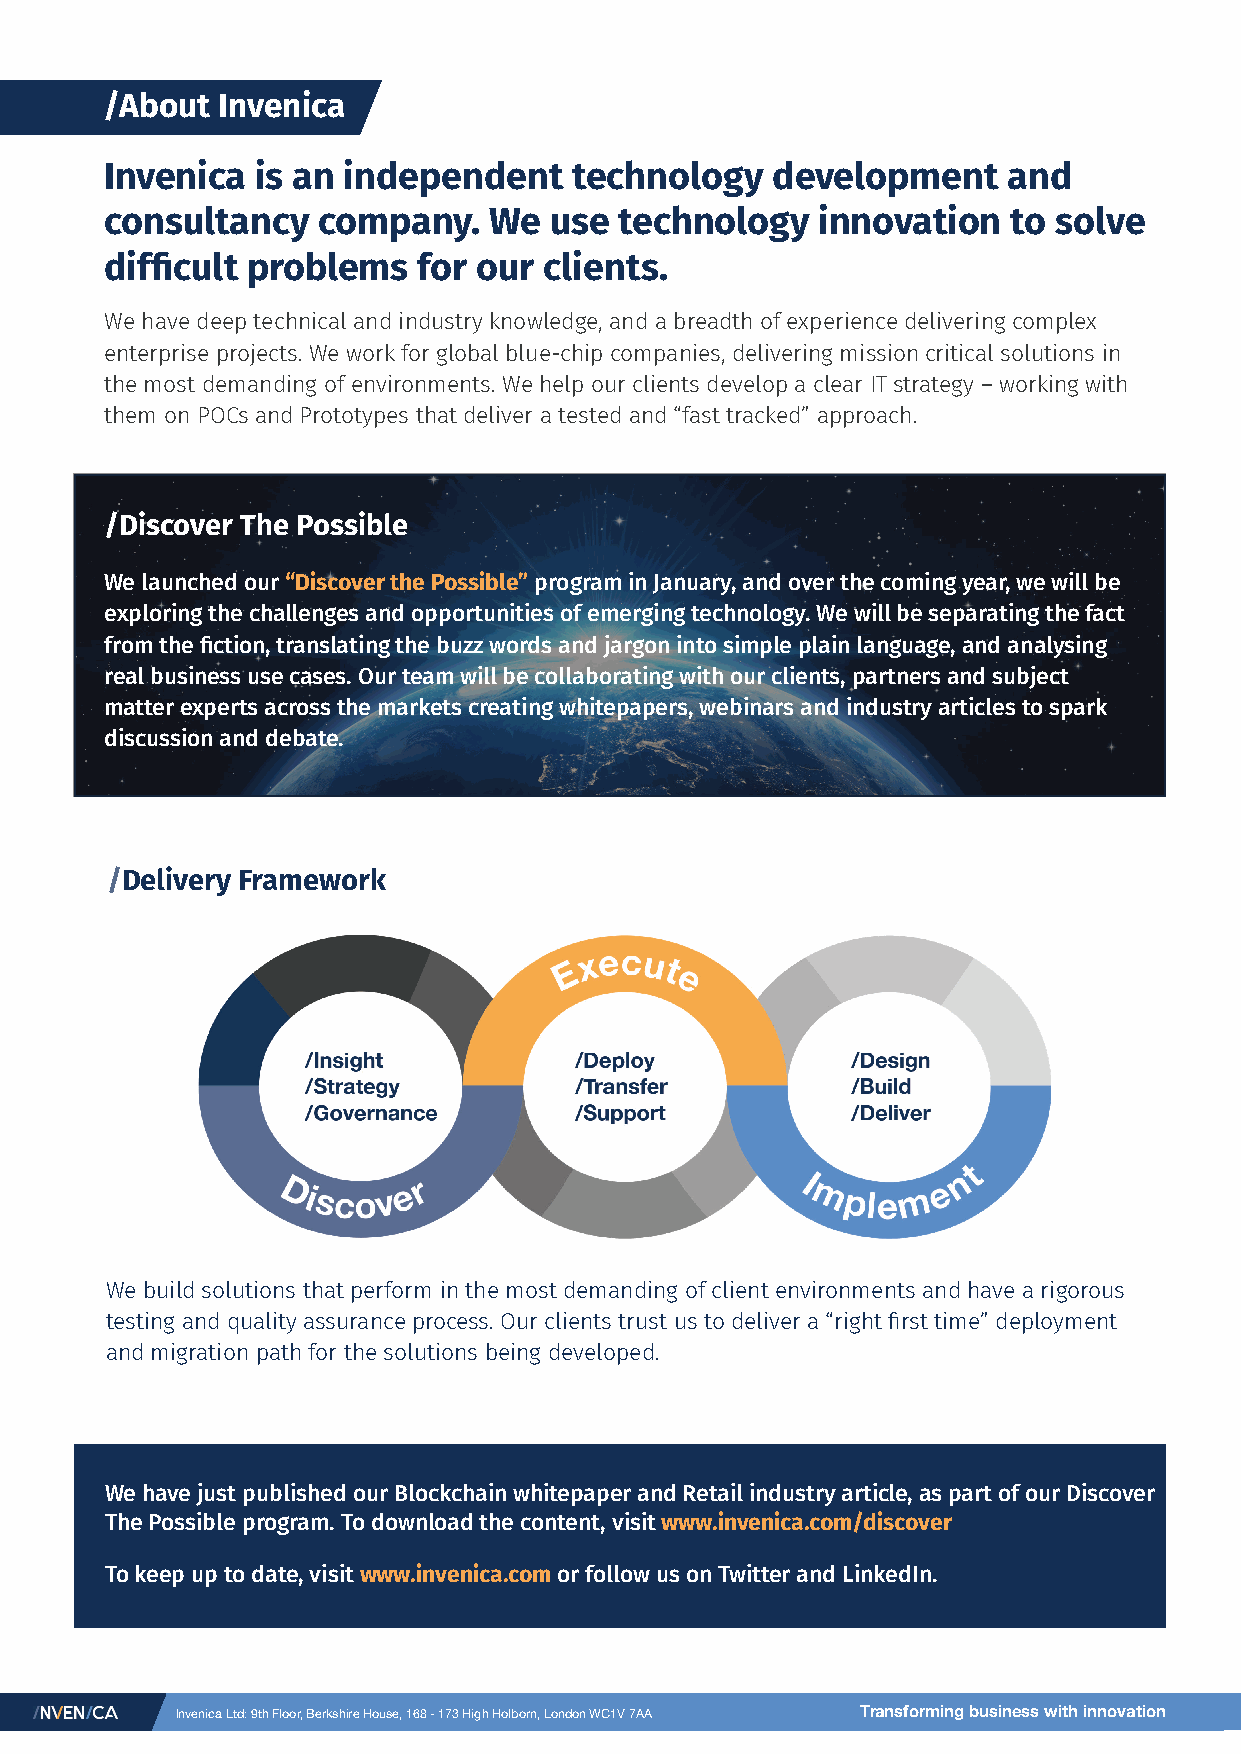
/About Invenica
 Invenica  is an independent    technology   development     and
 consultancy   company.   We  use  technology   innovation   to solve
 difficult problems   for our clients.
 We have deep technical and industry knowledge, and a breadth of experience delivering complex
 enterprise projects. We work for global blue-chip companies, delivering mission critical solutions in
 the most demanding of environments. We help our clients develop a clear IT strategy – working with
 them on POCs and Prototypes that deliver a tested and “fast tracked” approach.
 /Discover The Possible
 We launched our “Discover the Possible” program in January, and over the coming year, we will be
 exploring the challenges and opportunities of emerging technology. We will be separating the fact
 from the fiction, translating the buzz words and jargon into simple plain language, and analysing
 real business use cases. Our team will be collaborating with our clients, partners and subject
 matter experts across the markets creating whitepapers, webinars and industry articles to spark
 discussion and debate.
 /Delivery Framework
 We build solutions that perform in the most demanding of client environments and have a rigorous
 testing and quality assurance process. Our clients trust us to deliver a “right first time” deployment
 and migration path for the solutions being developed.
 We have just published our Blockchain whitepaper and Retail industry article, as part of our Discover
 The Possible program. To download the content, visit www.invenica.com/discover
 To keep up to date, visit www.invenica.com or follow us on Twitter and LinkedIn.
 Invenica Ltd: 9th Floor, Berkshire House, 168 - 173 High Holborn, London WC1V 7AA Transforming business with innovation